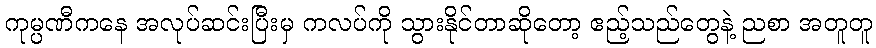
ကုမ္ပဏီကနေ အလုပ်ဆင်းပြီးမှ ကလပ်ကို သွားနိုင်တာဆိုတော့ ဧည့်သည်တွေနဲ့ ညစာ အတူတူ